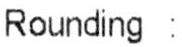
ROUNDING :